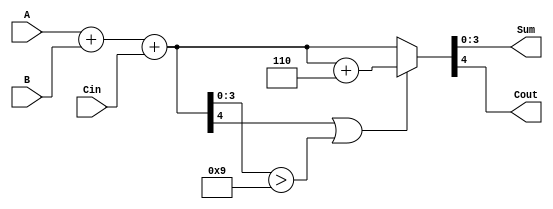
module BCD_Parallel_Adder (
    input [3:0] A,      // First BCD digit
    input [3:0] B,      // Second BCD digit
    input Cin,          // Carry input
    output reg [3:0] Sum, // BCD result
    output reg Cout      // Carry output
);

    wire [4:0] S;       // 5-bit sum to hold the result of binary addition
    wire need_correction; // Signal to determine if correction is needed

    // Step 1: Perform the binary addition (A + B + Cin)
    assign S = A + B + Cin;

    // Step 2: Check if correction is required
    assign need_correction = (S[4] || S[3:0] > 4'd9); // True if carry-out exists or if the sum exceeds 9

    // Step 3: Generate final Sum and Cout
    always @(*) begin
        if (need_correction) begin
            // Add correction factor 6 (0110)
            {Cout, Sum} = S + 4'd6; // S is 5 bits, so Cout can get an extra carry
        end else begin
            // No correction, the result is valid
            {Cout, Sum} = S; // S[4:0] fits in Sum[3:0] and Cout[0]
        end
    end

endmodule